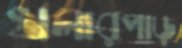
খলারপাড়